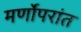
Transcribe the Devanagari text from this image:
मर्णोपरांत